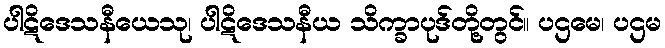
ပါဋိဒေသနီယေသု၊ ပါဋိဒေသနီယ သိက္ခာပုဒ်တို့တွင်။ ပဌမေ၊ ပဌမ